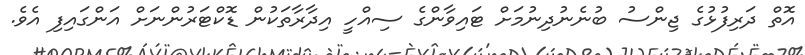
އޮތް ދަރިފުޅުގެ ޖިންސު ބުނެނުދިނުމަށް ޓައިވާންގެ ސިއްހީ އިދާރާތަކުން ޑޮކްޓަރުންނަށް އަންގައިފި އެވެ.